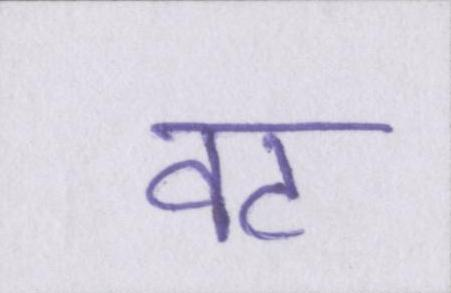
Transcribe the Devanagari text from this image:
वट